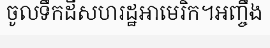
ចូលទឹកដីសហរដ្ឋអាមេរិក។អញ្ចឹង